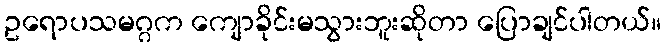
ဥရောပသမဂ္ဂက ကျောခိုင်းမသွားဘူးဆိုတာ ပြောချင်ပါတယ်။